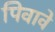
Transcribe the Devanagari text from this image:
पिवावे